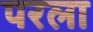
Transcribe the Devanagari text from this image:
परला